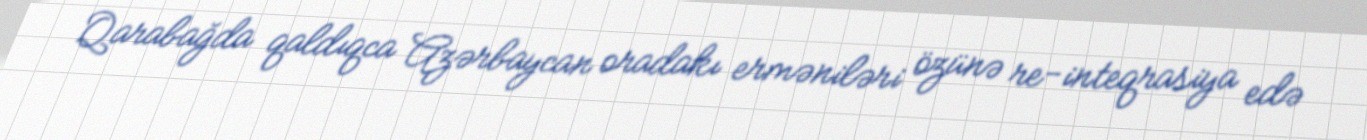
Qarabağda qaldıqca Azərbaycan oradakı erməniləri özünə re-inteqrasiya edə